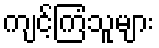
ကျင့်ကြံသူများ